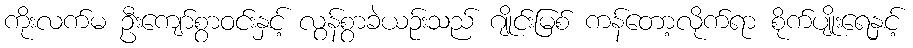
ကိုးလက်မ ဦးကျော်စွာဝင်းနှင့် လွန်စွာခဲယဉ်းသည် ဂျိုင်းမြစ် ကန်တော့လိုက်ရာ စိုက်ပျိုးရေနှင့်